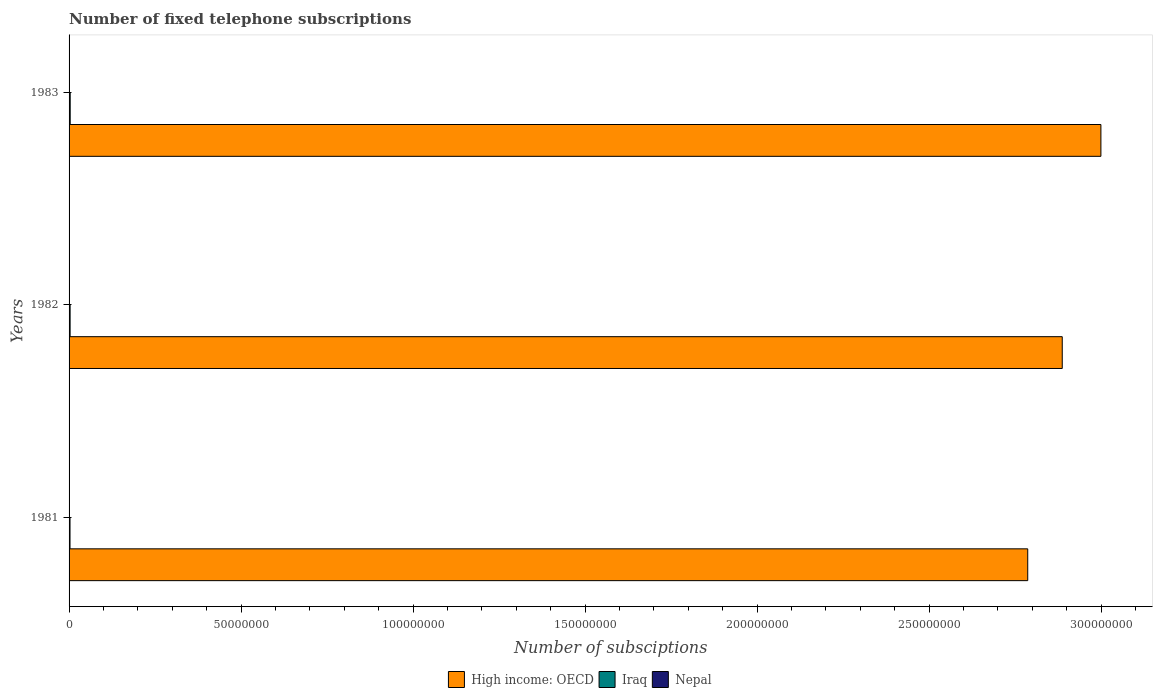
| Years | High income: OECD | Iraq | Nepal |
 | --- | --- | --- | --- |
 | 1981 | 2.79e+08 | 2.75e+05 | 1.28e+04 |
 | 1982 | 2.89e+08 | 3e+05 | 1.43e+04 |
 | 1983 | 3e+08 | 3.25e+05 | 1.65e+04 |